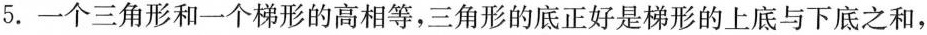
5.一个三角形和一个梯形的高相等，三角形的底正好是梯形的上底与下底之和，